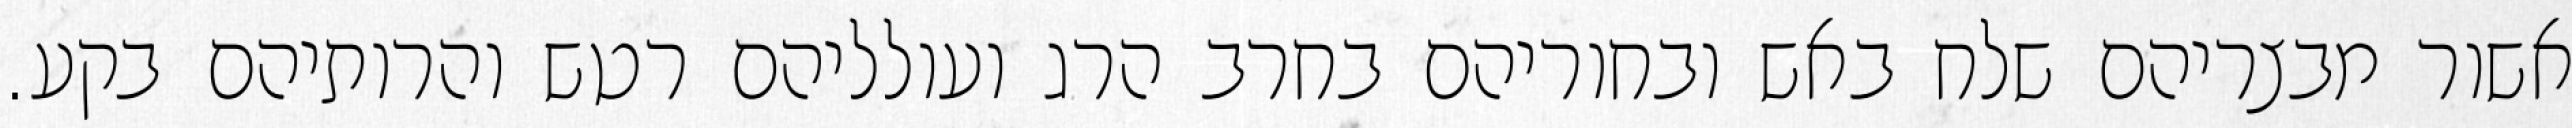
אשור מבצריהם שלח באש ובחוריהם בחרב הרג ועולליהם רטש והרותיהם בקע.